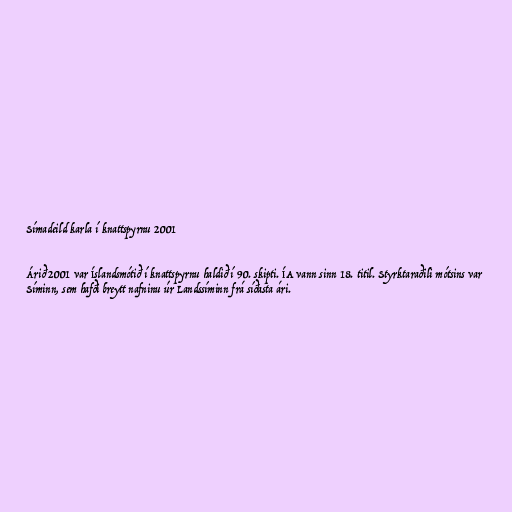
Símadeild karla í knattspyrnu 2001

Árið 2001 var Íslandsmótið í knattspyrnu haldið í 90. skipti. ÍA vann sinn 18. titil. Styrktaraðili mótsins var
Síminn, sem hafði breytt nafninu úr Landssíminn frá síðasta ári.